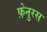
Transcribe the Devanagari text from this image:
फ़ेनुरस